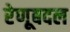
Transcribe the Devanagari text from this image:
रेणूबदल